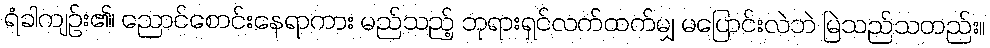
ရံခါကျဉ်း၏၊ ညောင်စောင်းနေရာကား မည်သည့် ဘုရားရှင်လက်ထက်မျှ မပြောင်းလဲဘဲ မြဲသည်သတည်း။